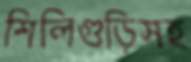
শিলিগুড়িসহ